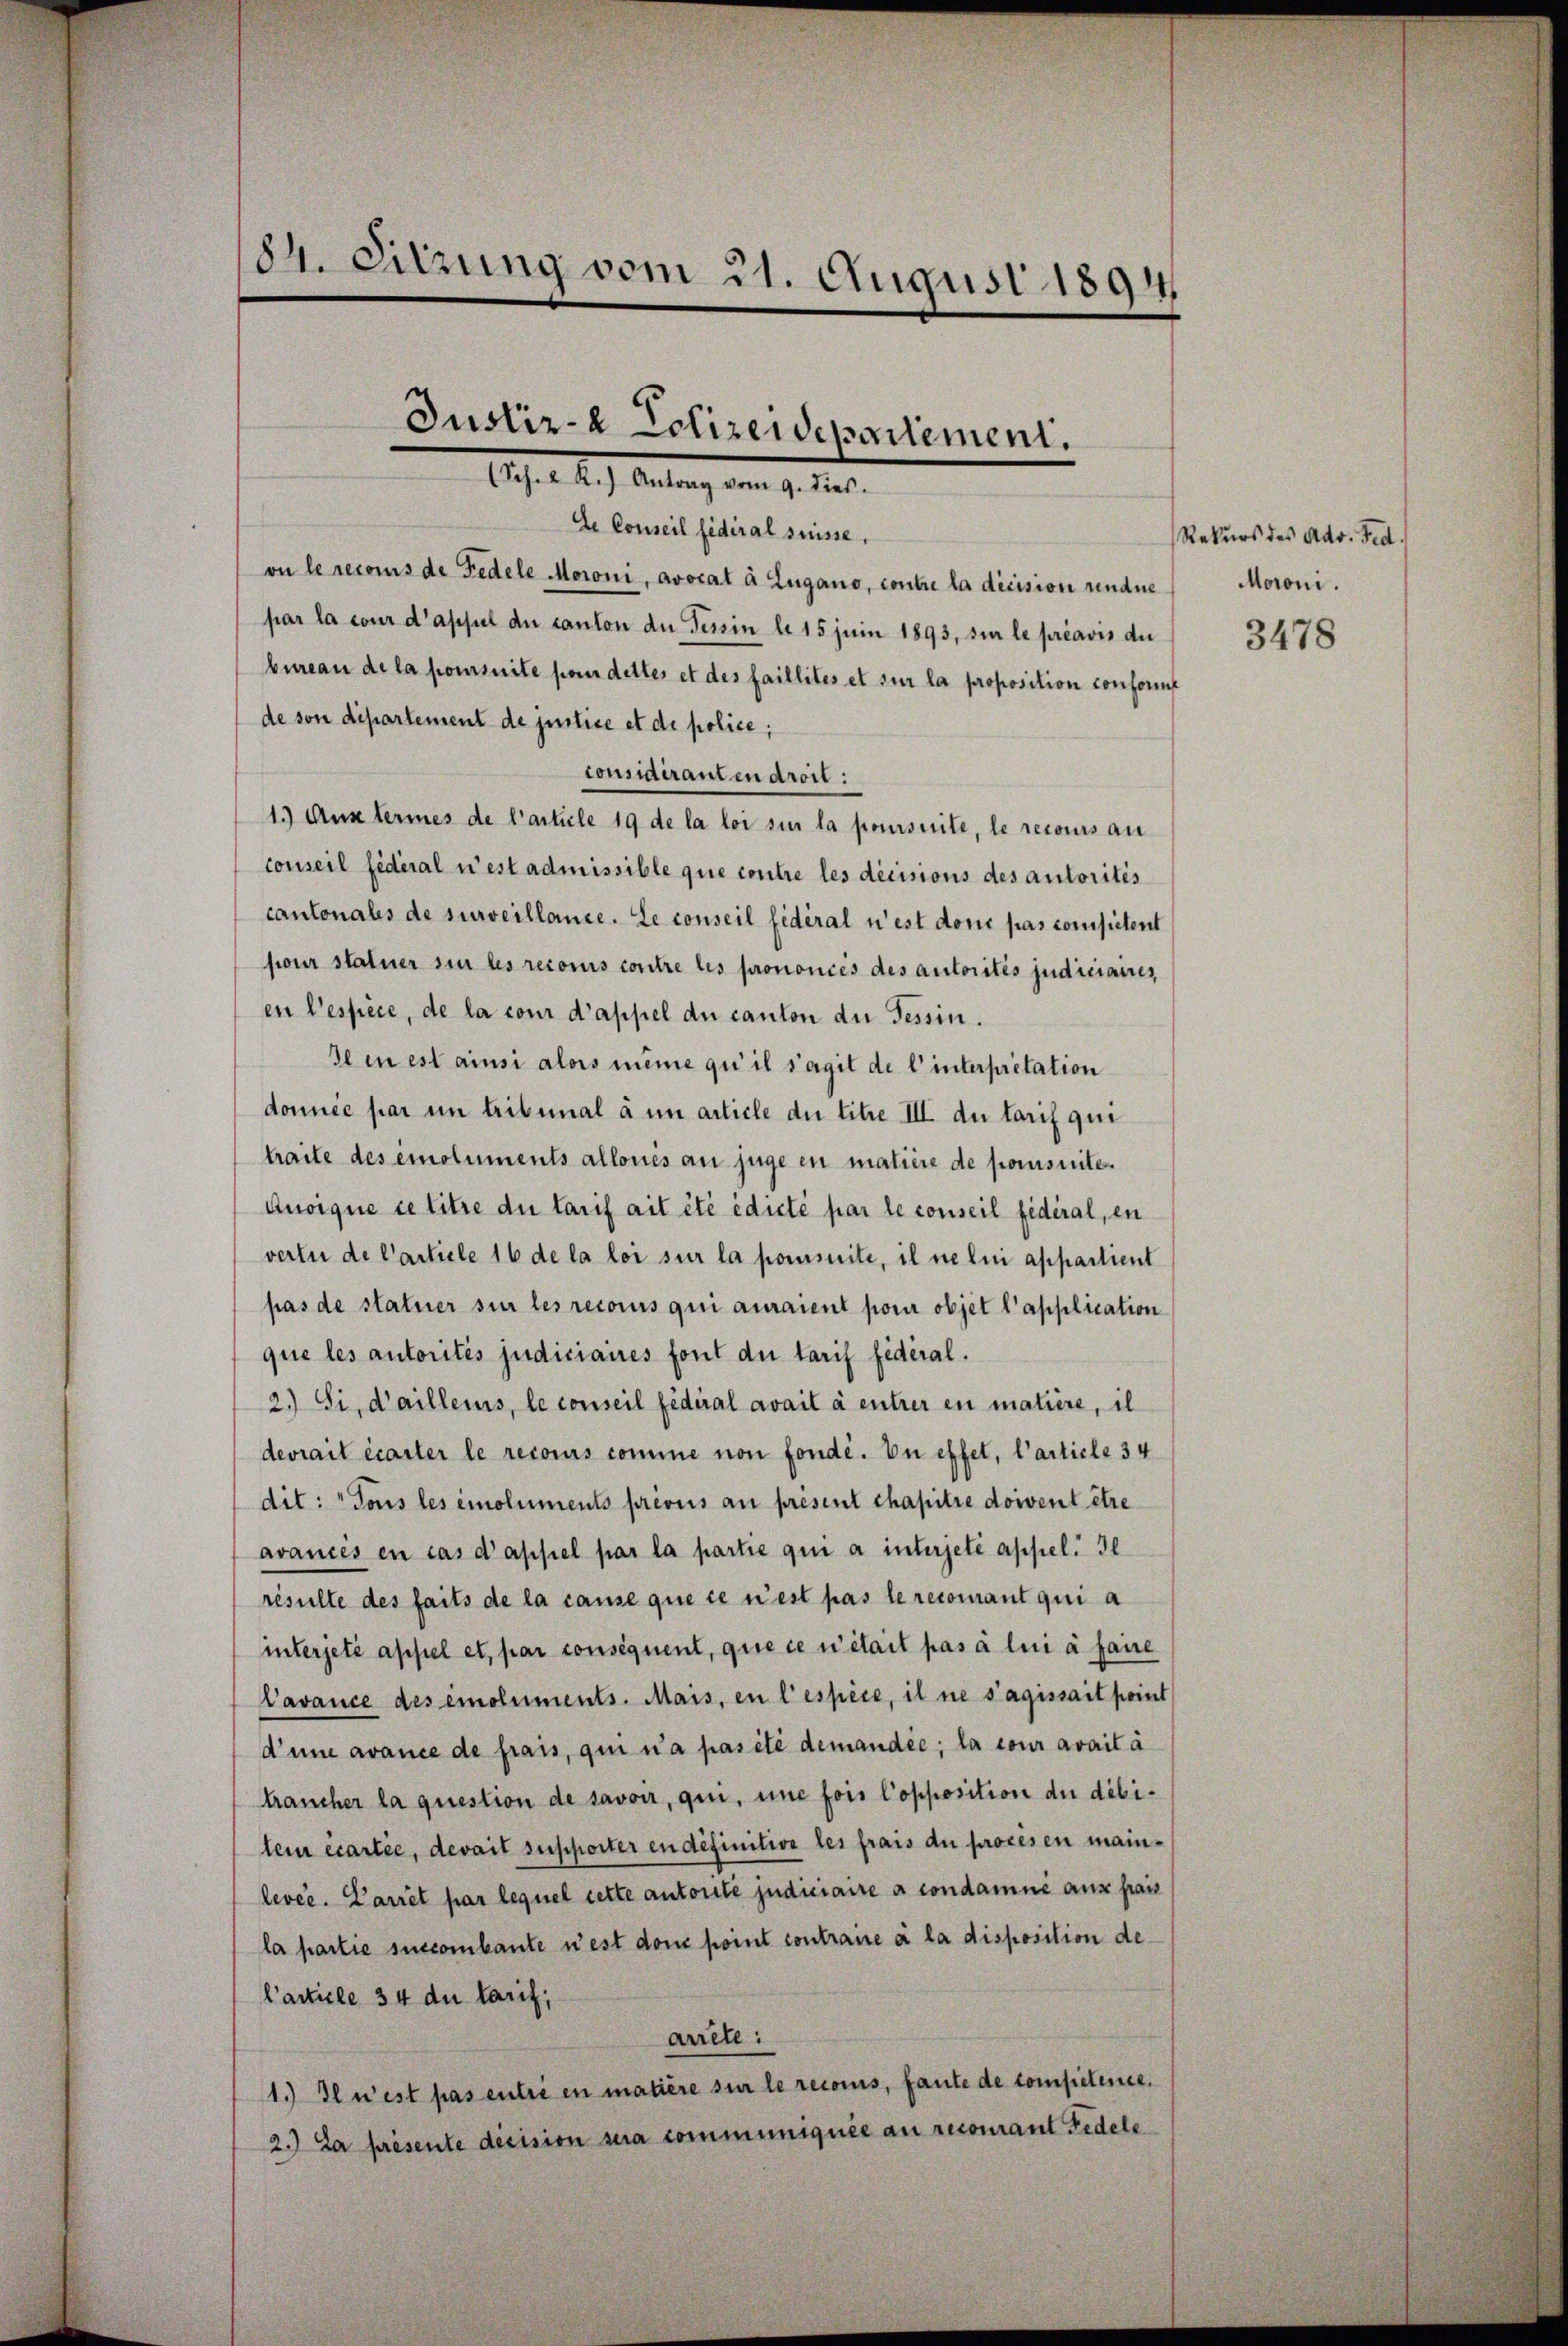
184. Sitzung vom 21. August 1894

Justiz- & Polizeidepartement.
(Sch. R.) Antrag vom 9. dies

Ie Conseil fédéral suisse.
on le reconus de Fedele Moroni, avocat à Lugano, contre la décision undne
par la cour d’apsul du canton an Tessin le 15 juni 1893, sie le préavis die
bureau de la poursuite pour dettes et des faillites et sur la proposition conformt
de von departement de justice et de police;
considirant en droit:
1.) Aux termes de l’article 19 de la loi sie la poursuite, le recours an
conseil fédéral n’est admissible que contre les decisions des autorités
cantonales de surveillance. Le conseil fidéral n’est dont pas competent
four statuer sie les reconus contre les prononces des autorités judiciaires
en l’espèce, de la cour d’appel du canton du Tessin.
de in est ainsi alors meine qu’il s’agit de l’interpretation
donnée par un tribunal à un article die titre III. du tarif qui
traite des emoluments allones an juge en matière de pomsuite.
Auoique ce titre di tarif ait été édicté par le conseil fédéral, en
vertu de Carticle 16 de la loi sur la pomsuite, il ne lui appartient
pas de statuer sur les reconus qui auraient pour objet l’application
que les autorités judiciaires font die Tarif fédéral.
2.) Si, d’aillenis, le conseil fédéral avail à entrer en matière, il
devrait écarter le recours comme non fonde. Du effet, l’article 34
dit: "Tous les emoluments prevus au présent chapitre doivent être
avances en cas d’appel par la partie qui a interjeté appel. Il
resulte des faits de la cause que ce n’est pas le recourant qui a
interjeté appel et, par consequent, que ce n’était pas à lui à faire
Vavance des emoluments. Mais, en l’espèce, il ne s’agissait point
d’une avance de frais, qui n’a pas été demandée; la cour avail à
braucher la question de savoir, qui, une fois Copposition du débitemn écartee, devait susporter en définitive les frais du procesen mainlevée. Parret par lequel cette autorité judiciaire a condamné aux fran
la partie succombante est dem point contraue à la disposition de
l’article 34 du Carit;
arrête:
1. Il n’est pas entré en matière sur le reconis, faute de competente.
2.) Da présente decision sua communiquée au recourant Fedele

Rekurs des Adv. Fed
Moroni.

3478